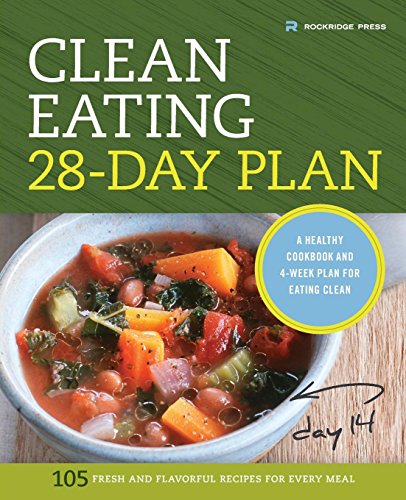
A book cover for Clean Eating 28-Day Plan: A Healthy Cookbook and 4-Week Plan for Eating Clean; Rockridge Press; Health, Fitness & Dieting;